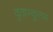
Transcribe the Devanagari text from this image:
कुन्नम्कुलम